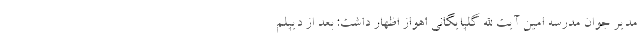
مدیر جوان مدرسه امین آیت الله گلپایگانی اهواز اظهار داشت: بعد از دیپلم